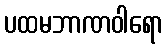
ပထမဘာဏဝါရော